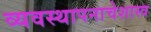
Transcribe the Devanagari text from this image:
व्यवस्थापनाचेशास्त्र